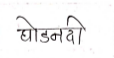
मजकूर: घोडनदी